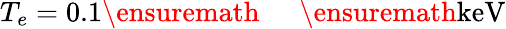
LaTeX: T_{e}=0.1\ensuremath{\mathrm{~\textrm~{~\, ~}~}}\ensuremath{\mathrm{keV}}